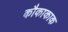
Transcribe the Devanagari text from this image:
कौकाकाक